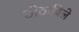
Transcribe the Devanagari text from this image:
ठोठाविले